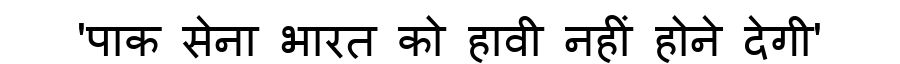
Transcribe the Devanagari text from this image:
'पाक सेना भारत को हावी नहीं होने देगी'